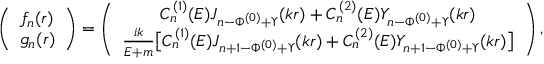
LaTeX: \left( \begin{array} { l } { { f _ { n } ( r ) } } \\ { { g _ { n } ( r ) } } \end{array} \right) = \left( \begin{array} { c } { { C _ { n } ^ { ( 1 ) } ( E ) J _ { n - \Phi ^ { ( 0 ) } + \Upsilon } ( k r ) + C _ { n } ^ { ( 2 ) } ( E ) Y _ { n - \Phi ^ { ( 0 ) } + \Upsilon } ( k r ) } } \\ { { { \frac { i k } { E + m } } \bigl [ C _ { n } ^ { ( 1 ) } ( E ) J _ { n + 1 - \Phi ^ { ( 0 ) } + \Upsilon } ( k r ) + C _ { n } ^ { ( 2 ) } ( E ) Y _ { n + 1 - \Phi ^ { ( 0 ) } + \Upsilon } ( k r ) \bigr ] } } \end{array} \right) ,